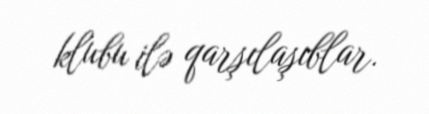
klubu ilə qarşılaşıblar.